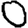
Digit: 0